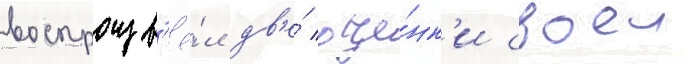
воспроизв'ё́л дв'е́ оце́нк'и своеи